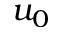
u _ { 0 }